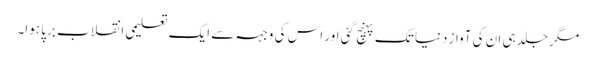
مگر جلد ہی ان کی آواز دنیا تک پہنچ گئی اور اس کی وجہہ سے ایک تعلیمی انقلاب برپا ہوا۔